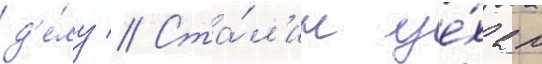
д'е́лу // Ста́л'ин уе́хал